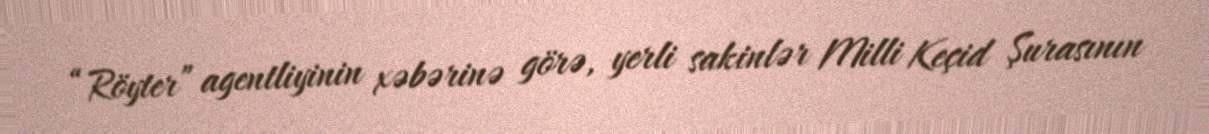
“Röyter” agentliyinin xəbərinə görə, yerli sakinlər Milli Keçid Şurasının